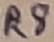
Text: R8